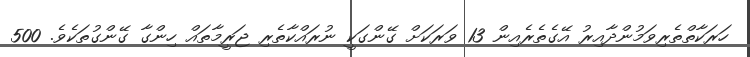
ހަރަކާތްތެރިވަމުންދާއިރު އޭގެތެރެއިން 13 ވަރަކަށް ގޭންގަކީ ނުރައްކާތެރި ޖަރީމާތައް ހިންގާ ގޭންގުތަކެވެ. 500